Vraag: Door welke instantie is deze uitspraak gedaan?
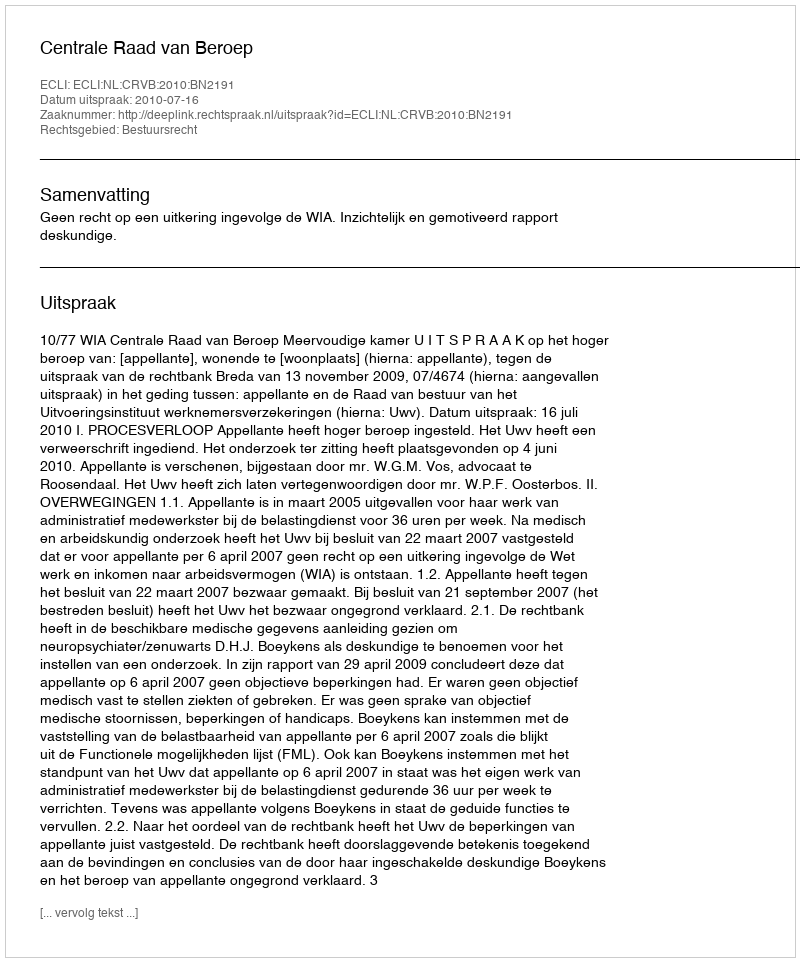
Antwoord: Centrale Raad van Beroep